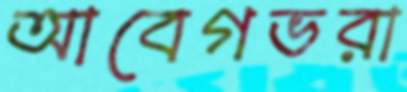
আবেগভরা